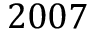
2 0 0 7